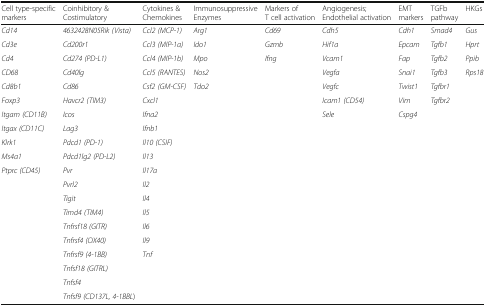
| Cell type-specific markers | Coinhibitory & Costimulatory | Cytokines & Chemokines | Immunosuppressive Enzymes | Markers of T cell activation | Angiogenesis; Endothelial activation | EMT markers | TGFb pathway | HKGs |
 | --- | --- | --- | --- | --- | --- | --- | --- | --- |
 | Cd14 | 4632428N05Rik (Vista) | Ccl2 (MCP-1) | Arg1 | Cd69 | Cdh5 | Cdh1 | Smad4 | Gus |
 | Cd3e | Cd200r1 | Ccl3 (MIP-1a) | Ido1 | Gzmb | Hif1a | Epcam | Tgfb1 | Hprt |
 | Cd4 | Cd274 (PD-L1) | Ccl4 (MIP-1b) | Mpo | Ifng | Vcam1 | Fap | Tgfb2 | Ppib |
 | CD68 | Cd40lg | Ccl5 (RANTES) | Nos2 |  | Vegfa | Snai1 | Tgfb3 | Rps18 |
 | Cd8b1 | Cd86 | Csf2 (GM-CSF) | Tdo2 |  | Vegfc | Twist1 | Tgfbr1 |  |
 | Foxp3 | Havcr2 (TIM3) | Cxcl1 |  |  | Icam1 (CD54) | Vim | Tgfbr2 |  |
 | Itgam (CD11B) | Icos | Ifna2 |  |  | Sele | Cspg4 |  |  |
 | Itgax (CD11C) | Lag3 | Ifnb1 |  |  |  |  |  |  |
 | Klrk1 | Pdcd1 (PD-1) | Il10 (CSIF) |  |  |  |  |  |  |
 | Ms4a1 | Pdcd1lg2 (PD-L2) | Il13 |  |  |  |  |  |  |
 | Ptprc (CD45) | Pvr | Il17a |  |  |  |  |  |  |
 |  | Pvrl2 | Il2 |  |  |  |  |  |  |
 |  | Tigit | Il4 |  |  |  |  |  |  |
 |  | Timd4 (TIM4) | Il5 |  |  |  |  |  |  |
 |  | Tnfrsf18 (GITR) | Il6 |  |  |  |  |  |  |
 |  | Tnfrsf4 (OX40) | Il9 |  |  |  |  |  |  |
 |  | Tnfrsf9 (4-1BB) | Tnf |  |  |  |  |  |  |
 |  | Tnfsf18 (GITRL) |  |  |  |  |  |  |  |
 |  | Tnfsf4 |  |  |  |  |  |  |  |
 |  | Tnfsf9 (CD137L, 4-1BBL) |  |  |  |  |  |  |  |